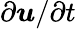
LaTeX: \partial\boldsymbol u/\partial t